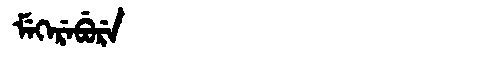
Manchu: ᠮᡝᡴᡝᡵᡝᠪᡠᡵᡝ
Romanization: MEKEREBURE